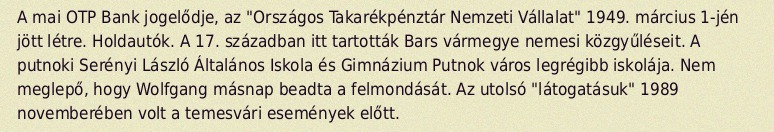
A mai OTP Bank jogelődje, az "Országos Takarékpénztár Nemzeti Vállalat" 1949. március 1-jén jött létre. Holdautók. A 17. században itt tartották Bars vármegye nemesi közgyűléseit. A putnoki Serényi László Általános Iskola és Gimnázium Putnok város legrégibb iskolája. Nem meglepő, hogy Wolfgang másnap beadta a felmondását. Az utolsó "látogatásuk" 1989 novemberében volt a temesvári események előtt.